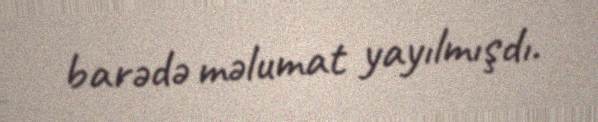
barədə məlumat yayılmışdı.